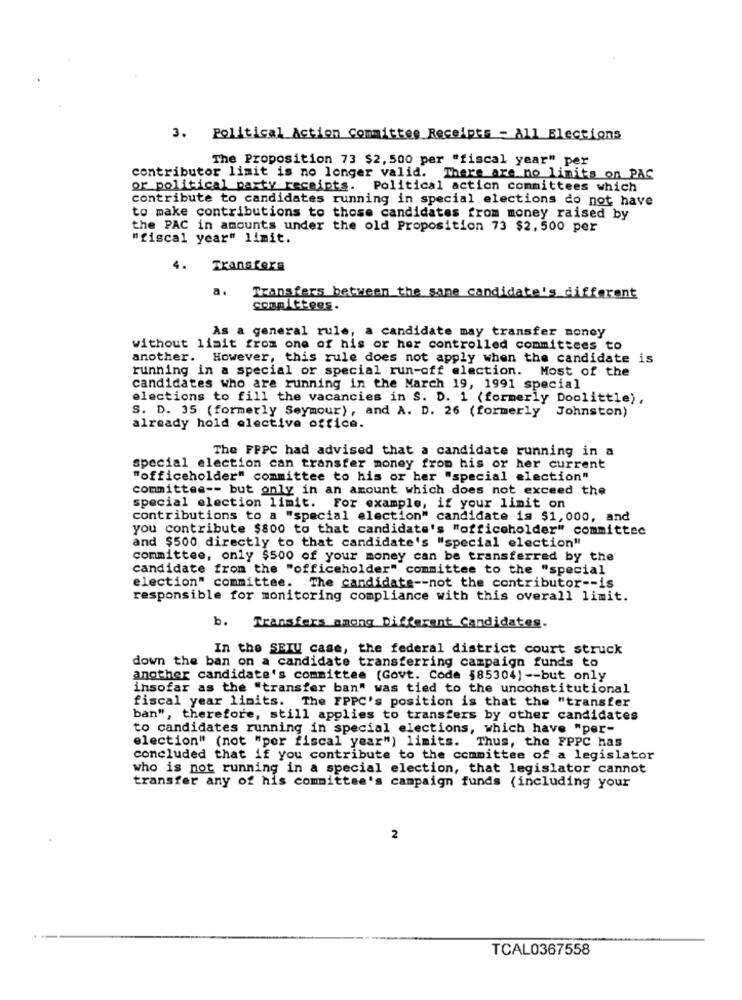
3. Political Action Committee Receipts - All Elections
The Proposition 73 $2, 500 per "fiscal year" per
contributor limit is no longer valid. There are no limits on PAC
or political party receipts. Political action committees which
contribute to candidates running in special elections do not have
to make contributions to those candidates from money raised by
the PAC in amounts under the old Proposition 73 $2,500 per
"fiscal year" limit.
4.
Transfers
a.
Transfers between the same candidate's different
committees.
As a general rule, a candidate may transfer money
without limit from one of his or her controlled committees to
another. However, this rule does not apply when the candidate is
running in a special or special run-off election. Most of the
candidates who are running in the March 19, 1991 special
elections to fill the vacancies in S. D. 1 (formerly Doolittle),
S. D. 35 (formerly Seymour), and A. D. 26 (formerly Johnston)
already hold elective office.
The FPPC had advised that a candidate running in a
special election can transfer money from his or her current
"officeholder" committee to his or her "special election"
committee -- but only in an amount which does not exceed the
special election limit. For example, if your limit on
contributions to a "special election" candidate is $1,000, and
you contribute $800 to that candidate's "officeholder" committee
and $500 directly to that candidate's "special election"
committee, only $500 of your money can be transferred by the
candidate from the "officeholder" committee to the "special
election" committee. The candidate -- not the contributor -- is
responsible for monitoring compliance with this overall limit.
b. Transfers among Different Candidates.
In the SETU case, the federal district court struck
down the ban on a candidate transferring campaign funds to
another candidate's committee (Govt. Code §85304) -- but only
insofar as the "transfer ban" was tied to the unconstitutional
fiscal year limits. The FPPC's position is that the "transfer
ban", therefore, still applies to transfers by other candidates
to candidates running in special elections, which have "per-
election" (not "per fiscal year") limits. Thus, the FPPC has
concluded that if you contribute to the committee of a legislator
who is not running in a special election, that legislator cannot
transfer any of his committee's campaign funds (including your
2
TCAL0367558